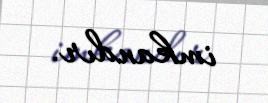
imkandır.